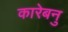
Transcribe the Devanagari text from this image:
कारेबनु